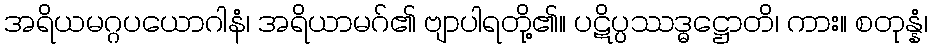
အရိယမဂ္ဂပယောဂါနံ၊ အရိယာမဂ်၏ ဗျာပါရတို့၏။ ပဋိပ္ပဿဒ္ဓဋ္ဌောတိ၊ ကား။ စတုန္နံ၊